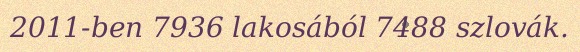
2011-ben 7936 lakosából 7488 szlovák.